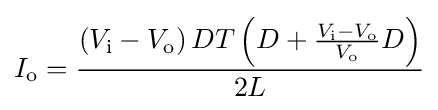
I_{\text{o}}={\frac {\left(V_{\text{i}}-V_{\text{o}}\right)DT\left(D+{\frac {V_{\text{i}}-V_{\text{o}}}{V_{\text{o}}}}D\right)}{2L}}